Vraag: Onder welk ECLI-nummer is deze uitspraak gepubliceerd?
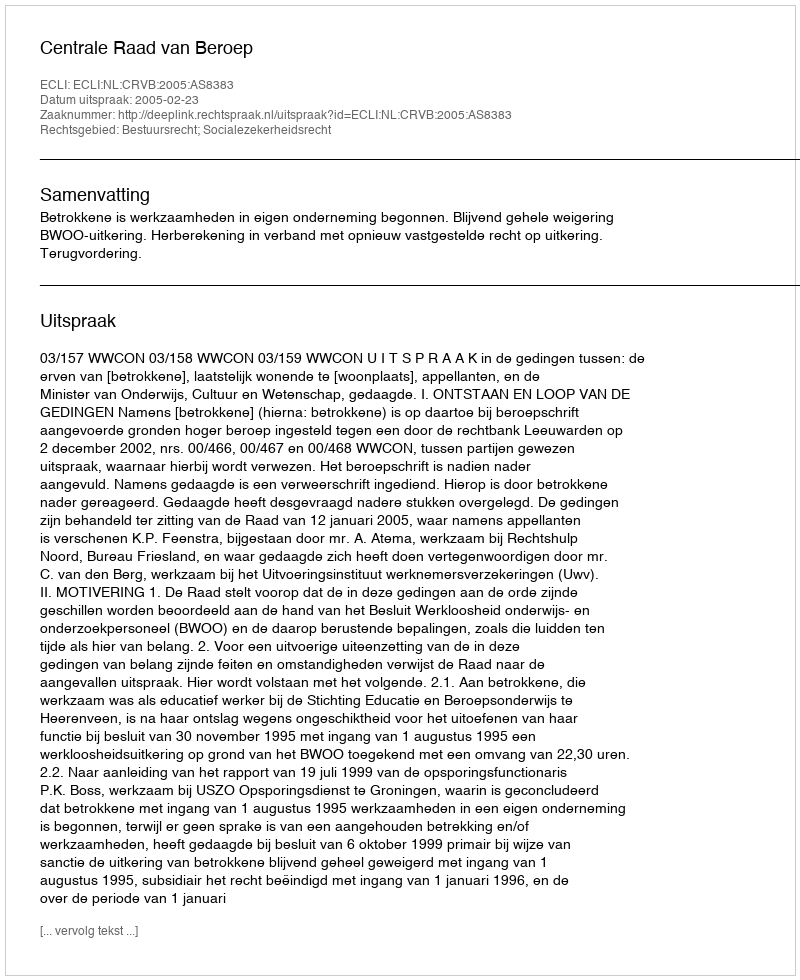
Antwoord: ECLI:NL:CRVB:2005:AS8383